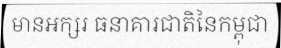
មានអក្សរ ធនាគារជាតិនៃកម្ពុជា